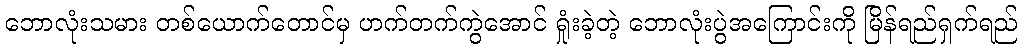
ဘောလုံးသမား တစ်ယောက်တောင်မှ ဟက်တက်ကွဲအောင် ရှုံးခဲ့တဲ့ ဘောလုံးပွဲအကြောင်းကို မြိန်ရည်ရှက်ရည်